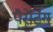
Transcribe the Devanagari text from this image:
पैरेंटिंग